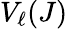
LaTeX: V_{\ell}(J)